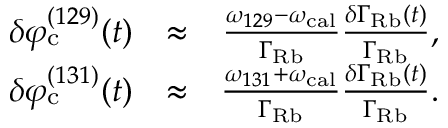
\begin{array} { r l r } { \delta \varphi _ { \mathrm { c } } ^ { ( 1 2 9 ) } ( t ) } & { \approx } & { \frac { \omega _ { 1 2 9 } - \omega _ { \mathrm { c a l } } } { \Gamma _ { \mathrm { R b } } } \frac { \delta \Gamma _ { \mathrm { R b } } ( t ) } { \Gamma _ { \mathrm { R b } } } , } \\ { \delta \varphi _ { \mathrm { c } } ^ { ( 1 3 1 ) } ( t ) } & { \approx } & { \frac { \omega _ { 1 3 1 } + \omega _ { \mathrm { c a l } } } { \Gamma _ { \mathrm { R b } } } \frac { \delta \Gamma _ { \mathrm { R b } } ( t ) } { \Gamma _ { \mathrm { R b } } } . } \end{array}